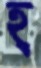
হ্